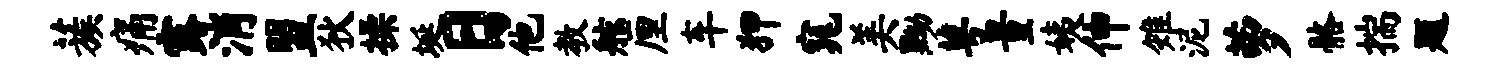
蔟痛露消盟狄操埏日他教舷厘车狎窕美黝萼量姨伸雉泥萝髂揣题